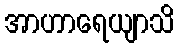
အာဟာရေယျာသိ